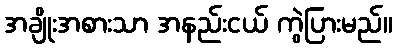
အချိုးအစားသာ အနည်းငယ် ကွဲပြားမည်။